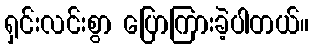
ရှင်းလင်းစွာ ပြောကြားခဲ့ပါတယ်။